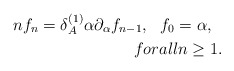
\begin{align*}nf_n=\delta _A^{(1)}\alpha \partial _\alpha f_{n-1},\ \ f_0=\alpha ,\ \ \\forall n\geq 1.\end{align*}